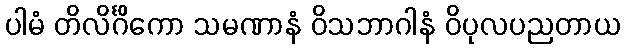
ပါမံ တိလိင်္ဂိကော သမဏာနံ ဝိသဘာဂါနံ ဝိပုလပညတာယ